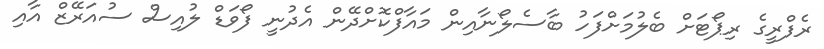
ރެފްރީގެ ރިޕޯޓަށް ބެލުމަށްފަހު ބާސެލޯނާއިން މައާފްކޮށްދޭން އެދުނީ ފޯވަޑް ލުއިސް ސުއަރޭޒް އާއި